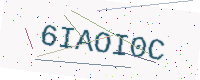
Text: 6IAOI0C